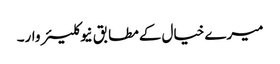
میرے خیال کےمطابق نیوکلیئر وار۔